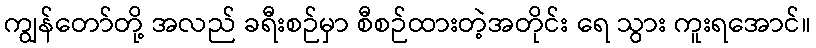
ကျွန်တော်တို့ အလည် ခရီးစဉ်မှာ စီစဉ်ထားတဲ့အတိုင်း ရေ သွား ကူးရအောင်။